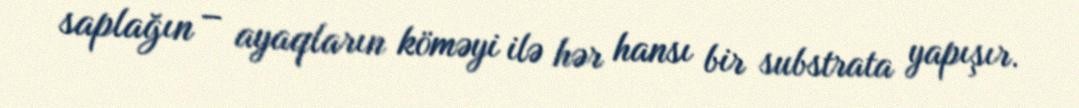
saplağın – ayaqların köməyi ilə hər hansı bir substrata yapışır.